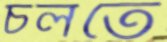
চলতে